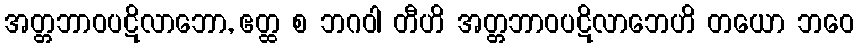
အတ္တဘာဝပဋိလာဘော, ဧတ္ထ စ ဘဂဝါ တီဟိ အတ္တဘာဝပဋိလာဘေဟိ တယော ဘဝေ